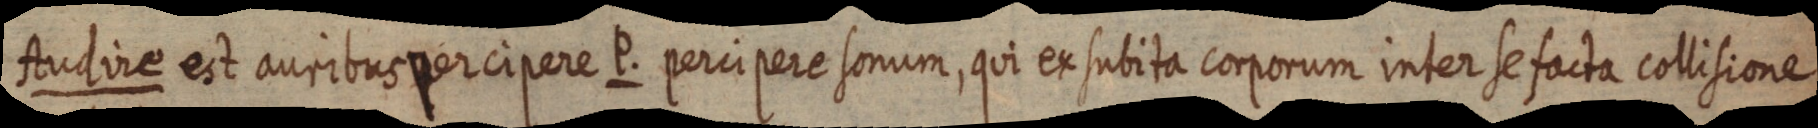
Audire est auribus percipere P. percipere sonum, qui ex subita corporum inter se facta collisione